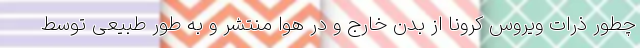
چطور ذرات ویروس کرونا از بدن خارج و در هوا منتشر و به طور طبیعی توسط